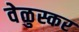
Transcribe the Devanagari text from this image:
वेळुस्कर